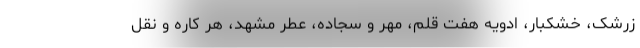
زرشک، خشکبار، ادویه هفت قلم، مهر و سجاده، عطر مشهد، هر کاره و نقل